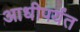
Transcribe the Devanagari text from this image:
आधीपर्यंत